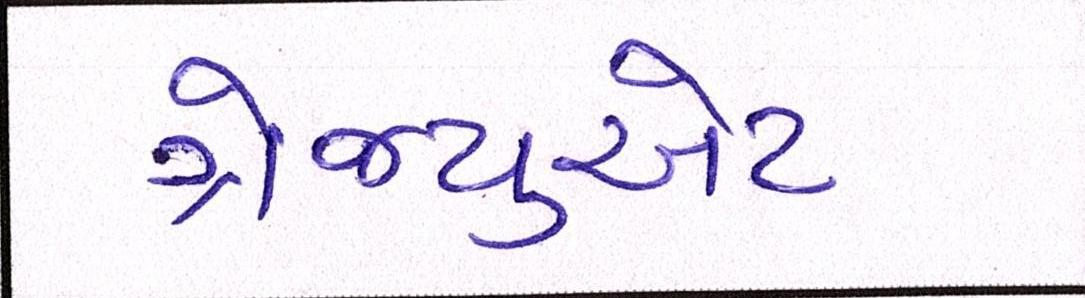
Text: ગ્રેજ્યુએટ